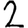
Digit: 2